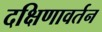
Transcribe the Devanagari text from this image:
दक्षिणावर्तन